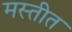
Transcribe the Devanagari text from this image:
मस्तीत